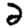
Digit: 2